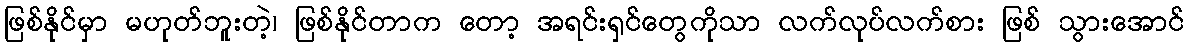
ဖြစ်နိုင်မှာ မဟုတ်ဘူးတဲ့၊ ဖြစ်နိုင်တာက တော့ အရင်းရှင်တွေကိုသာ လက်လုပ်လက်စား ဖြစ် သွားအောင်